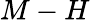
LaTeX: M-H